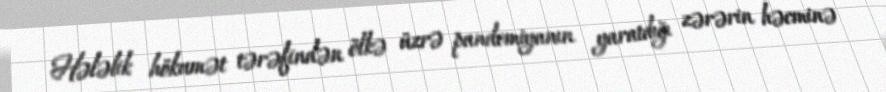
Hələlik hökumət tərəfindən ölkə üzrə pandemiyanın yaratdığı zərərin həcminə